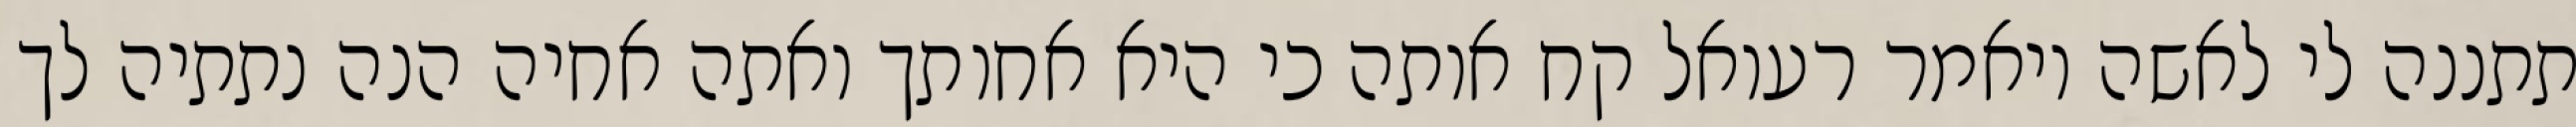
תתננה לי לאשה ויאמר רעואל קח אותה כי היא אחותך ואתה אחיה הנה נתתיה לך